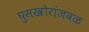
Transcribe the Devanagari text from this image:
घुसखोरांजवळ